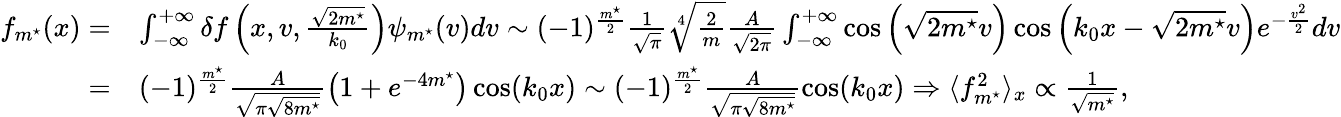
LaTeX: \begin{array}{rl}{f_{m^{\star}}(x)=}&{\int_{-\infty}^{+\infty}\delta f\left(x,v,\frac{\sqrt{2m^{\star}}}{k_{0}}\right)\psi_{m^{\star}}(v)dv\sim(-1)^{\frac{m^{\star}}{2}}\frac{1}{\sqrt{\pi}}\sqrt[4]{\frac{2}{m}}\frac{A}{\sqrt{2\pi}}\int_{-\infty}^{+\infty}\cos\left(\sqrt{2m^{\star}}v\right)\cos\left(k_{0}x-\sqrt{2m^{\star}}v\right)e^{-\frac{v^{2}}{2}}dv}\\ {=}&{(-1)^{\frac{m^{\star}}{2}}\frac{A}{\sqrt{\pi\sqrt{8m^{\star}}}}\left(1+e^{-4m^{\star}}\right)\cos(k_{0}x)\sim(-1)^{\frac{m^{\star}}{2}}\frac{A}{\sqrt{\pi\sqrt{8m^{\star}}}}\cos(k_{0}x)\Rightarrow\langle f_{m^{\star}}^{2}\rangle_{x}\propto\frac{1}{\sqrt{m^{\star}}},}\end{array}